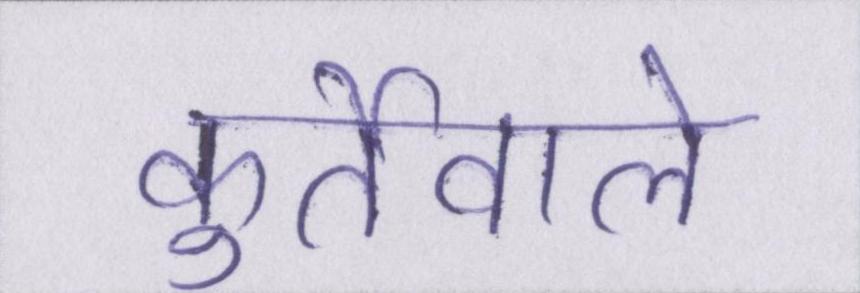
कुर्तेवाले